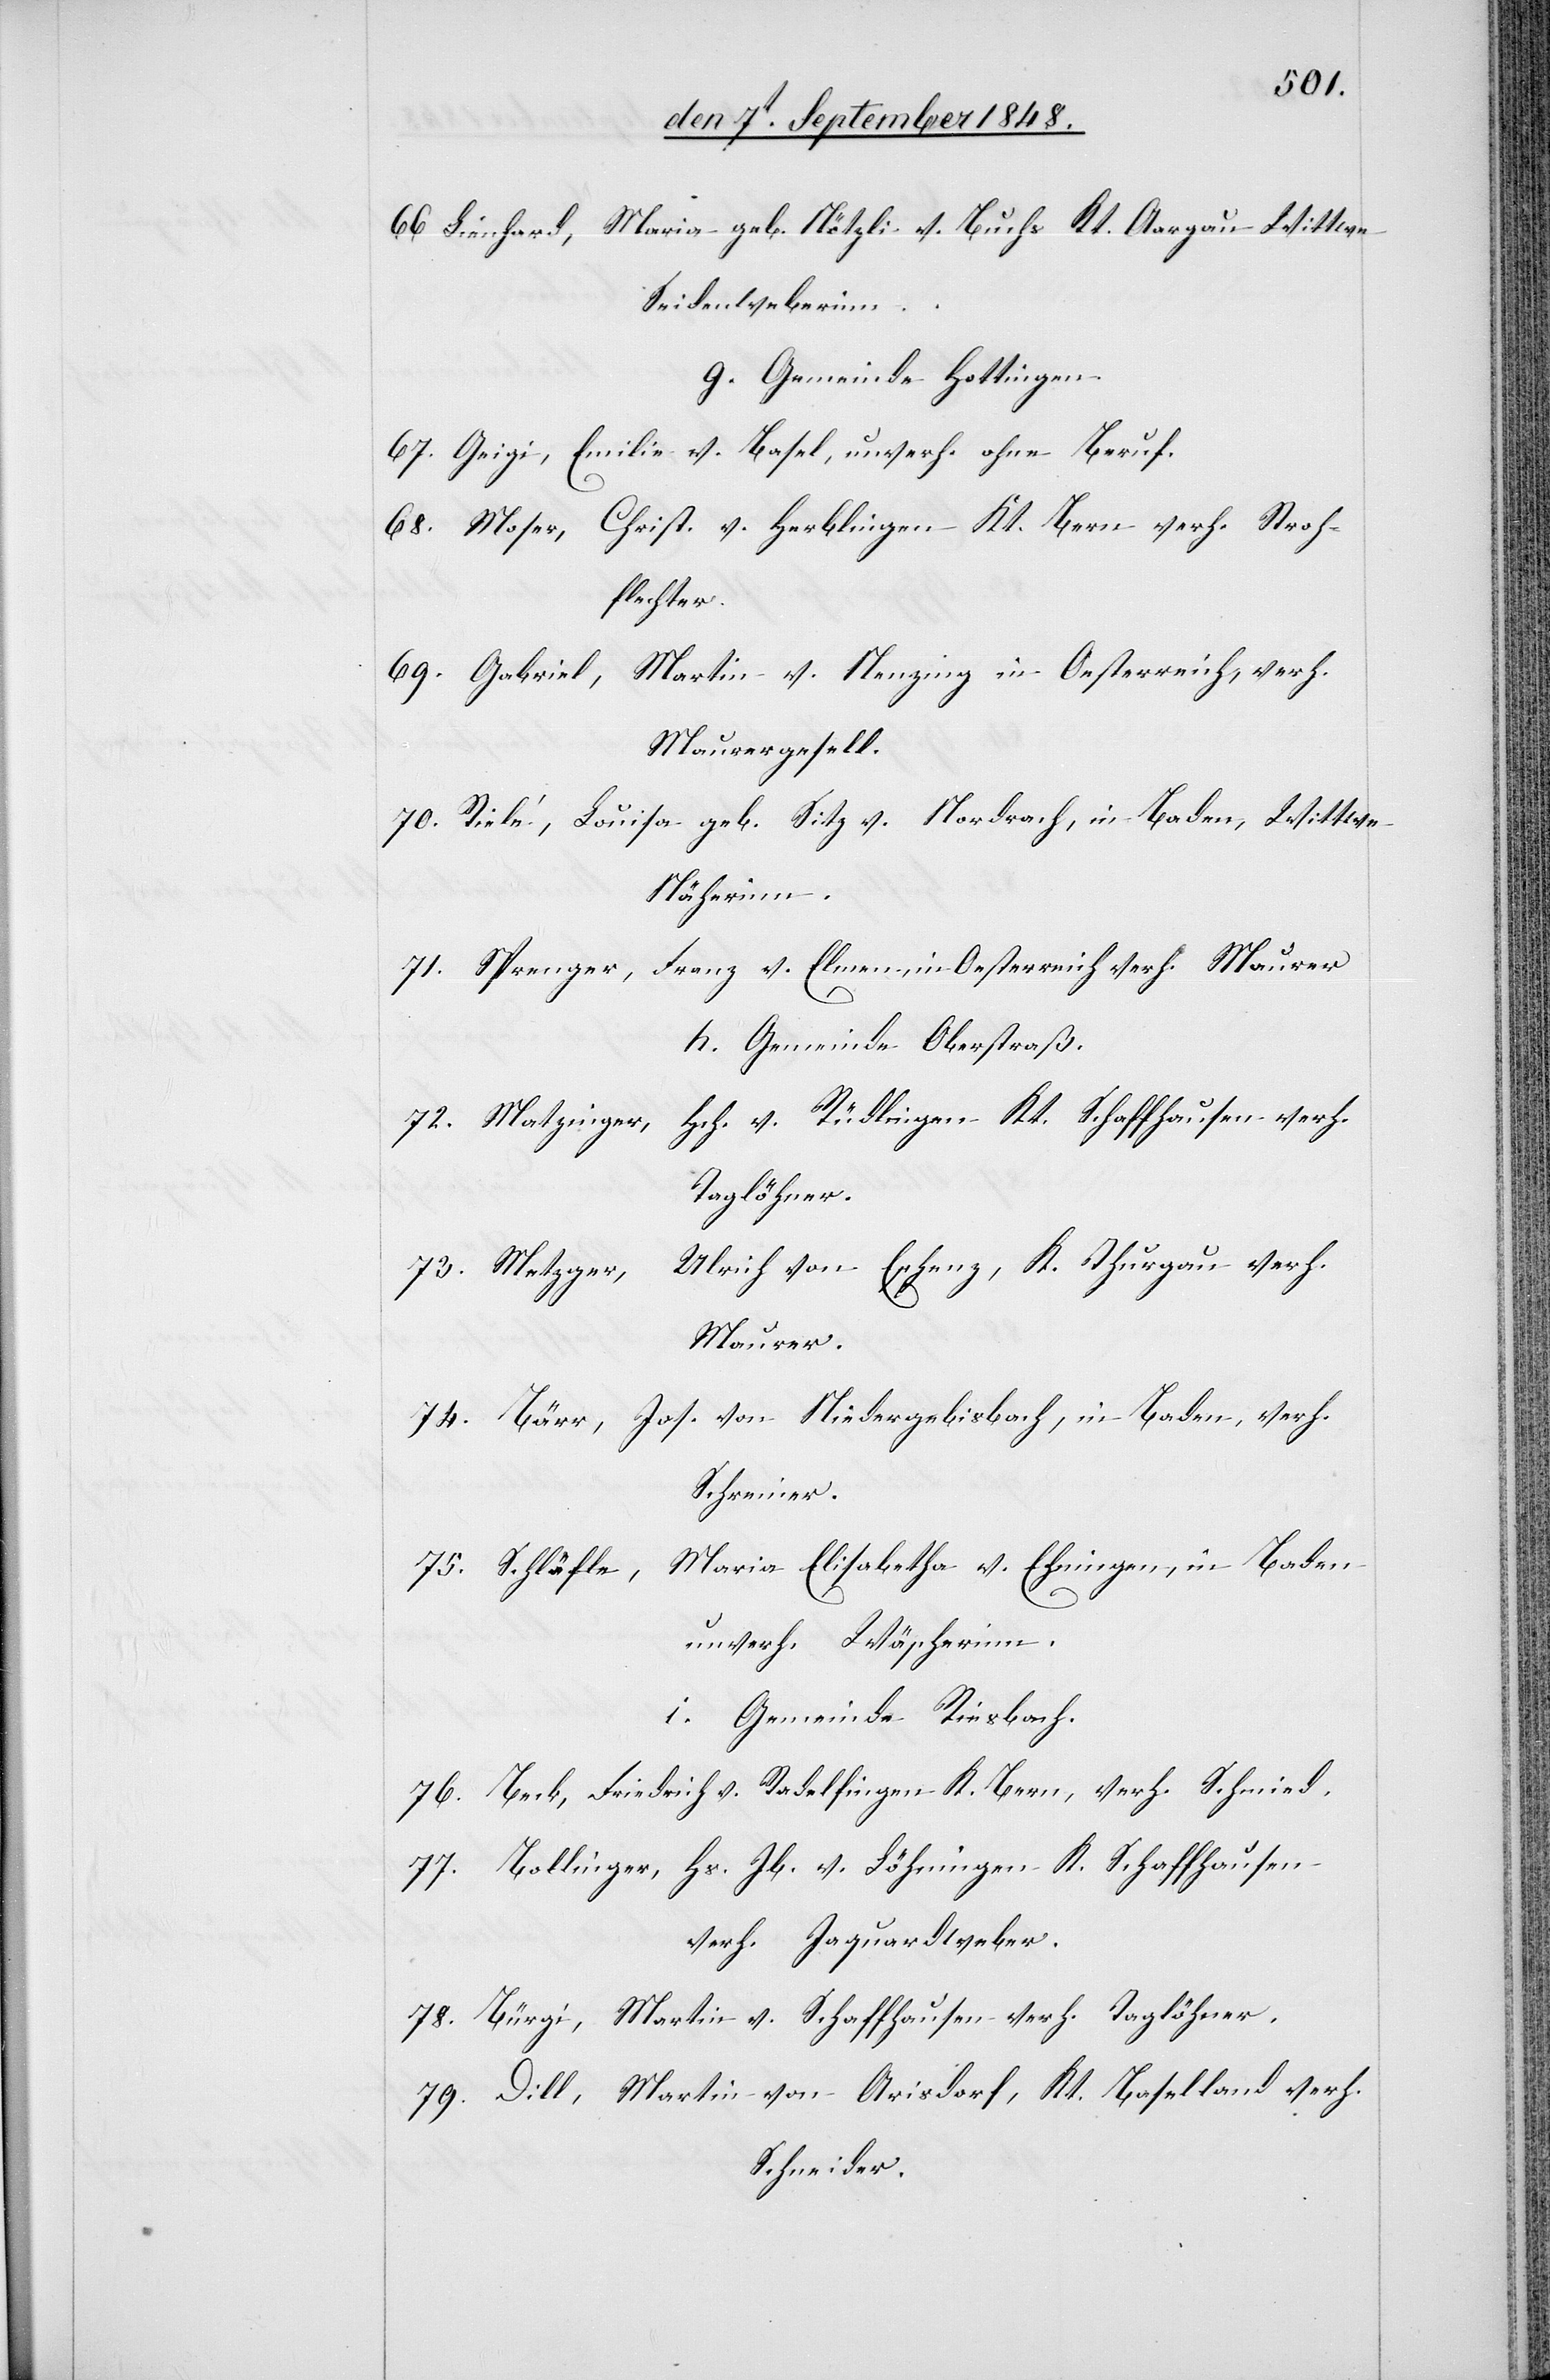
Maria geb. Nötzli v. Buchs Kt. Aargau Wittwe
66. Lienhard,
Seidenweberinn.
g. Gemeinde Hottingen.
Emilie v. Basel, unverh. ohne Beruf.
67. Geigi,
Christ. v. Herblingen Kt. Bern verh. Stroh¬
68. Moser,
flechter.
69. Gabriel, Martin v. Nenzing in Oesterreich, verh.
Maurergesell.
70. Riele, Louisa, geb. Sitz v. Nordrach, in Baden, Wittwe
Näherinn.
Franz v. Elmen, in Oesterreich verh. Maurer
71. Sprenger,
h. Gemeinde Oberstraß.
Hch. v. Rüdlingen Kt. Schaffhausen verh.
72. Matzinger,
Taglöhner.
Ulrich von Eschenz, K. Thurgau verh.
73. Metzger,
Maurer.
74. Bärr, Jos. von Niedergebisbach, in Baden, verh.
Schreiner.
75. Schläfle, Maria Elisabetha v. Ehningen, in Baden
unverh. Wäscherinn.
i. Gemeinde Riesbach.
76. Beck, Friedrich v. Radelfingen K. Bern, verh. Schmied.
77. Bollinger, Hs. Jb. v. Löhningen K. Schaffhausen
verh. Jaquardweber.
78. Bürgi, Martin v. Schaffhausen verh. Taglöhner.
79. Dill, Martin von Arisdorf, Kt. Baselland verh.
Schneider.